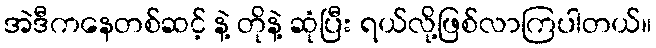
အဲဒီကနေတစ်ဆင့် နဲ့ တိုနဲ့ ဆုံပြီး ရယ်လို့ဖြစ်လာကြပါတယ်။